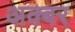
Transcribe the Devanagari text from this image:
अक्बर